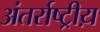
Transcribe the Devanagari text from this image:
अंतर्राष्ट्रीय़